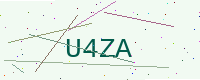
Text: U4ZA